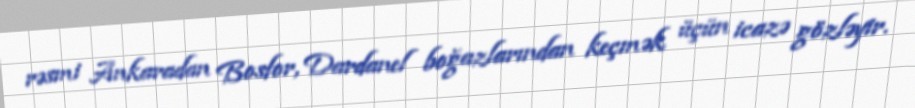
rəsmi Ankaradan Bosfor, Dardanel boğazlarından keçmək üçün icazə gözləyir.